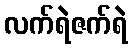
လက်ရဲဇက်ရဲ